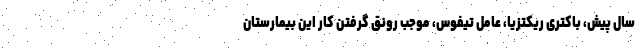
سال پیش، باکتری ریکتزیا، عامل تیفوس، موجب رونق گرفتن کار این بیمارستان